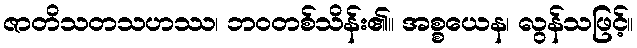
ဇာတိသတသဟဿ၊ ဘဝတစ်သိန်း၏။ အစ္စယေန၊ လွန်သဖြင့်။